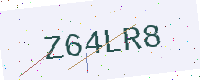
Text: Z64LR8